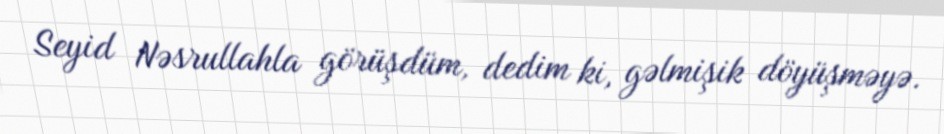
Seyid Nəsrullahla görüşdüm, dedim ki, gəlmişik döyüşməyə.